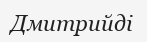
Дмитрийді